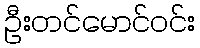
ဦးတင်မောင်ဝင်း